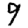
Digit: 9